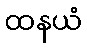
ထနယံ